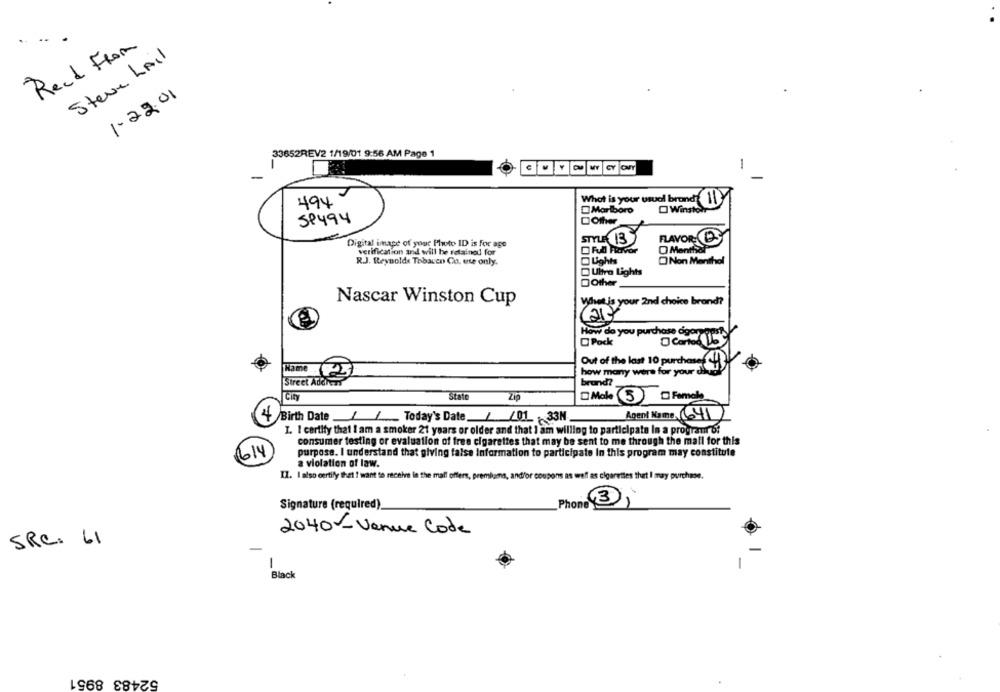
Read From
Steve LAil
1. 22. 01
33652REV2 1/19/01 9:56 AM Page 1
-
What is your usual brandy 11
494
Marlboro
Winston
SP494
DOther
STYLE 13
FLAVOR-CD
Digital image of your Photo ID is for age
O Menthol
verification and will be retained for
RJ. Reynolds Tobacco Co. use only.
Light
Non Menthol
Ultra Lights
DOther
Nascar Winston Cup
What is your 2nd choice brand?
How do you purchase ogoryaps
Carted 5
Pock
Out of the last 10 purchaseLl
Name
how many were for your die
Street Address
brund?
City
State
Male
3
Female
4
Birth Date / /_ Today's Date / /01.33M
Agent Name (641
I. I certify that I am a smoker 21 years or older and that I am willing to participate In a program o?
consumer testing or evaluation of free cigarettes that may be sent to me through the mall for this
614
purpose. I understand that giving false Information to participate In this program may constitute
a violation of law.
IZ. I also certify that ! want to receive in the mall offers, premiums, and/or coupons as wef as cigarettes that I may purchase.
Signature (required)
Phone (3)
2040-Venue Code
SRC. 61
-
-
Black
52483 8951